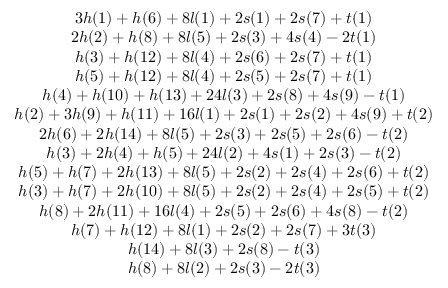
\begin{array} { c } { { { 3 h ( 1 ) + h ( 6 ) + 8 l ( 1 ) + 2 s ( 1 ) + 2 s ( 7 ) + t ( 1 ) } } } \\ { { { 2 h ( 2 ) + h ( 8 ) + 8 l ( 5 ) + 2 s ( 3 ) + 4 s ( 4 ) - 2 t ( 1 ) } } } \\ { { { h ( 3 ) + h ( 1 2 ) + 8 l ( 4 ) + 2 s ( 6 ) + 2 s ( 7 ) + t ( 1 ) } } } \\ { { { h ( 5 ) + h ( 1 2 ) + 8 l ( 4 ) + 2 s ( 5 ) + 2 s ( 7 ) + t ( 1 ) } } } \\ { { { h ( 4 ) + h ( 1 0 ) + h ( 1 3 ) + 2 4 l ( 3 ) + 2 s ( 8 ) + 4 s ( 9 ) - t ( 1 ) } } } \\ { { { h ( 2 ) + 3 h ( 9 ) + h ( 1 1 ) + 1 6 l ( 1 ) + 2 s ( 1 ) + 2 s ( 2 ) + 4 s ( 9 ) + t ( 2 ) } } } \\ { { { 2 h ( 6 ) + 2 h ( 1 4 ) + 8 l ( 5 ) + 2 s ( 3 ) + 2 s ( 5 ) + 2 s ( 6 ) - t ( 2 ) } } } \\ { { { h ( 3 ) + 2 h ( 4 ) + h ( 5 ) + 2 4 l ( 2 ) + 4 s ( 1 ) + 2 s ( 3 ) - t ( 2 ) } } } \\ { { { h ( 5 ) + h ( 7 ) + 2 h ( 1 3 ) + 8 l ( 5 ) + 2 s ( 2 ) + 2 s ( 4 ) + 2 s ( 6 ) + t ( 2 ) } } } \\ { { { h ( 3 ) + h ( 7 ) + 2 h ( 1 0 ) + 8 l ( 5 ) + 2 s ( 2 ) + 2 s ( 4 ) + 2 s ( 5 ) + t ( 2 ) } } } \\ { { { h ( 8 ) + 2 h ( 1 1 ) + 1 6 l ( 4 ) + 2 s ( 5 ) + 2 s ( 6 ) + 4 s ( 8 ) - t ( 2 ) } } } \\ { { { h ( 7 ) + h ( 1 2 ) + 8 l ( 1 ) + 2 s ( 2 ) + 2 s ( 7 ) + 3 t ( 3 ) } } } \\ { { { h ( 1 4 ) + 8 l ( 3 ) + 2 s ( 8 ) - t ( 3 ) } } } \\ { { { h ( 8 ) + 8 l ( 2 ) + 2 s ( 3 ) - 2 t ( 3 ) } } } \end{array}